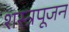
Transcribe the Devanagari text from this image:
शस्त्रपूजन